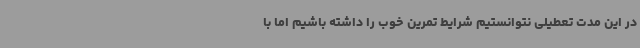
در این مدت تعطیلی نتوانستیم شرایط تمرین خوب را داشته باشیم اما با